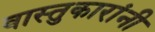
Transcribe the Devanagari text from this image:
वास्तुकारांनी